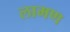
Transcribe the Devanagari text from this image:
लामण